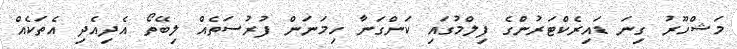
މަޝްހޫރު ގިނަ ޑައިރެކްޓަރުންގެ ފިލްމުގައި ކަންގަނާ ހިމަނަން ފުރުސަތެއް ލިބޭތޯ އެދިއެދި އެތަކެއް